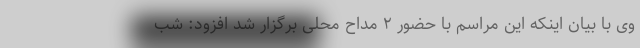
وی با بیان اینکه این مراسم با حضور ۲ مداح محلی برگزار شد افزود: شب